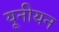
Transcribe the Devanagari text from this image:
यूनीयन